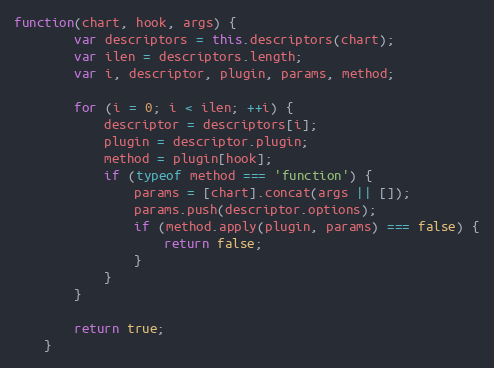
Language: JavaScript
function(chart, hook, args) {
		var descriptors = this.descriptors(chart);
		var ilen = descriptors.length;
		var i, descriptor, plugin, params, method;

		for (i = 0; i < ilen; ++i) {
			descriptor = descriptors[i];
			plugin = descriptor.plugin;
			method = plugin[hook];
			if (typeof method === 'function') {
				params = [chart].concat(args || []);
				params.push(descriptor.options);
				if (method.apply(plugin, params) === false) {
					return false;
				}
			}
		}

		return true;
	}